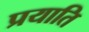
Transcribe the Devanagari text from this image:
प्रयाति